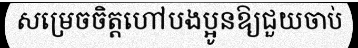
សម្រេចចិត្តហៅបងប្អូនឱ្យជួយចាប់